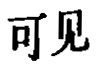
可见